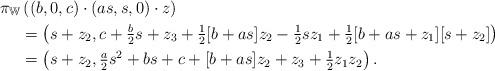
LaTeX: \begin{align*}\pi_{\mathbb{W}}&\left((b,0,c)\cdot (as,s,0)\cdot z \right)\\& =\left(s+z_2,c +\tfrac{b}{2}s+ z_3+\tfrac{1}{2}[b+as]z_2-\tfrac{1}{2}s z_1+\tfrac{1}{2}[b+as+z_1][s+z_2]\right)\\&= \left(s+z_2,\tfrac{a}{2}s^2 + bs +c+[b+as]z_2+z_3+\tfrac{1}{2}z_1z_2\right).\end{align*}